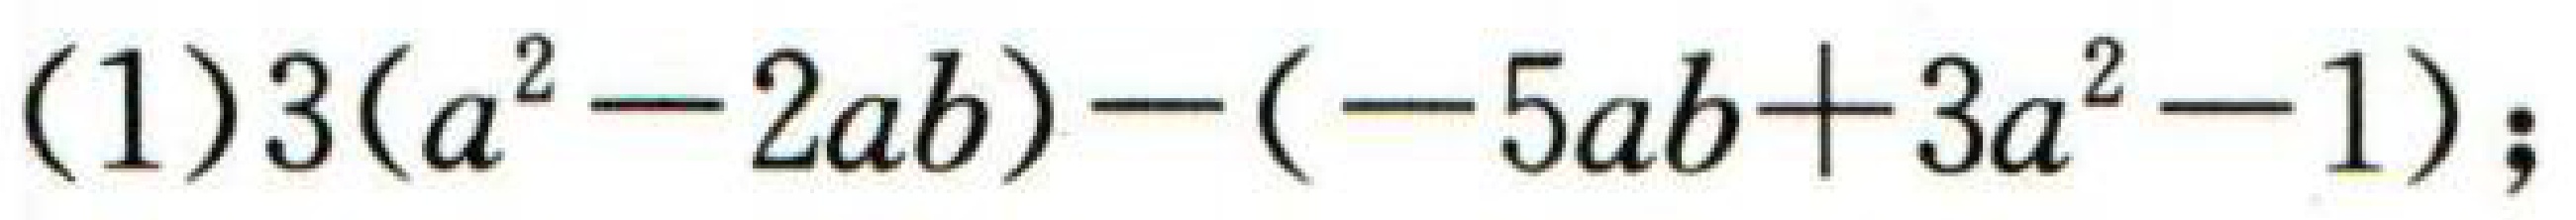
$(1)3(a^{2}-2ab)-(-5ab + 3a^{2}-1);$